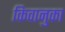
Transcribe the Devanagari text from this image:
किवानुका